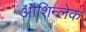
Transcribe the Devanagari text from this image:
औशिन्लेक